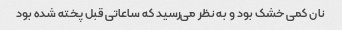
نان کمی خشک بود و به نظر می‌رسید که ساعاتی قبل پخته شده بود